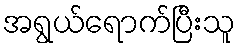
အရွယ်ရောက်ပြီးသူ